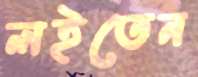
লইতেন